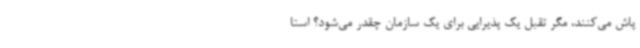
پاش می‌کنند، مگر تقبل یک پذیرایی برای یک سازمان چقدر می‌شود؟ استا